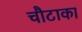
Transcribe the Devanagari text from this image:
चौटाका